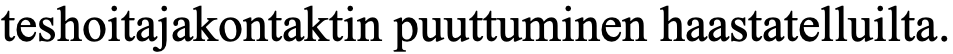
teshoitajakontaktin puuttuminen haastatelluilta.